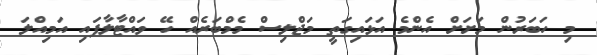
މި ހަބަރުން މަށަށް އެންމެ އަޅައިގަތީ މަޖްލިސް މެމްބަރެއް ހޭ ވައްޓާލާފައި އަމިއްލަ